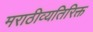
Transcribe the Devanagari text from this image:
मराठीव्यतिरिक्त